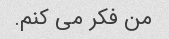
من فکر می کنم.